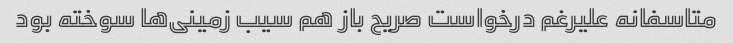
متاسفانه علیرغم درخواست صریح باز هم سیب زمینی‌ها سوخته بود